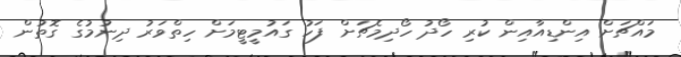
މައްޗަށް އިންޑިއާއިން ކުރި ހޯދު ހޯދިމެޗަށް ފަހު ގައުމީޓީމަށް ހިތްވަރު ދިނުމުގެ ގޮތުން